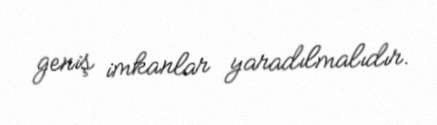
geniş imkanlar yaradılmalıdır.